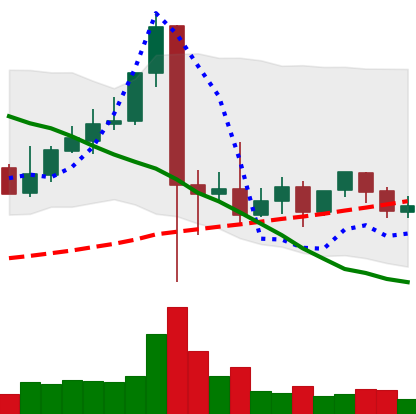
Ticker: XLM-USD
Chart end date: 2021-09-18
Forward return: -5.979%
Label: down_5_7